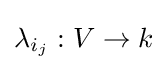
\lambda _{i_{j}}:V\to k